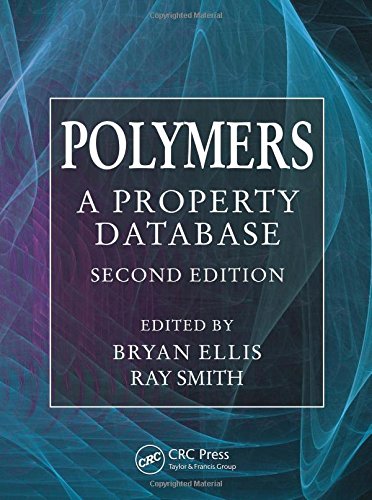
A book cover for Polymers: A Property Database, Second Edition; Science & Math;